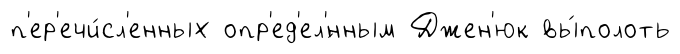
п'ер'ечи́сл'енных опр'ед'ел'́нным Джен'юк вы́полоть